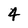
Character: 4